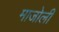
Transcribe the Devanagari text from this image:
माजोली